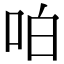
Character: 㕷